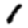
Digit: 1